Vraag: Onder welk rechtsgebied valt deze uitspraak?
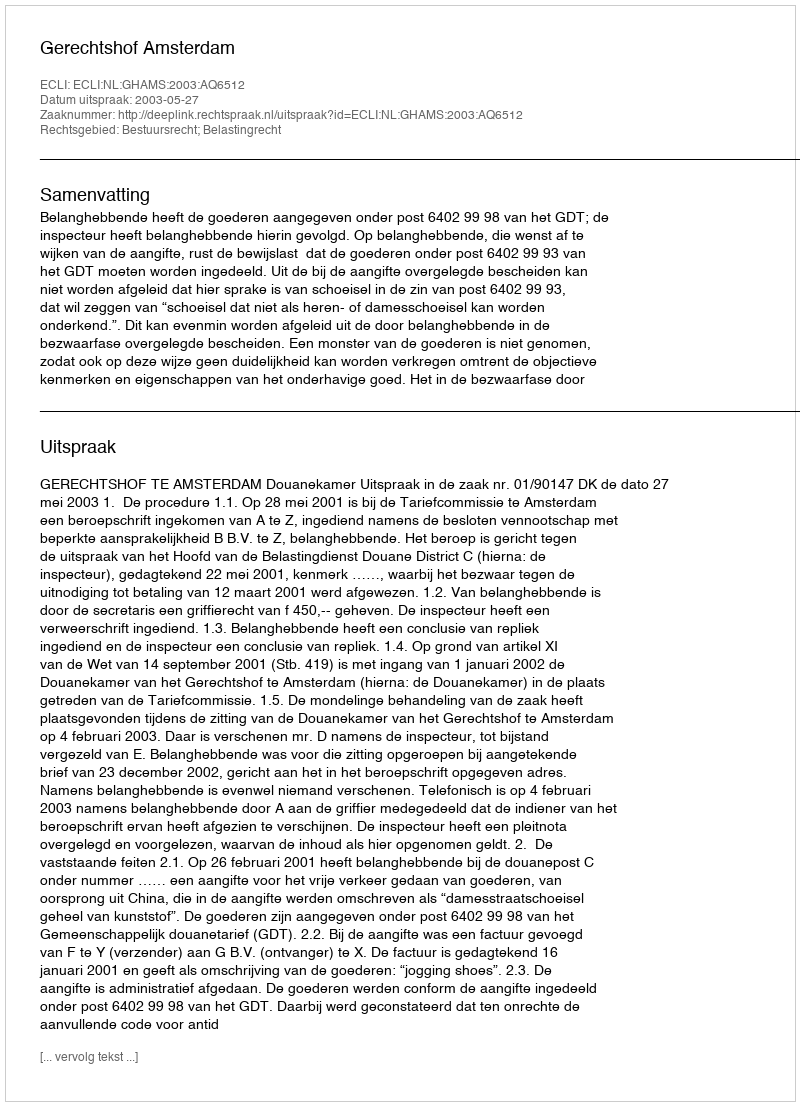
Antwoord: Bestuursrecht; Belastingrecht